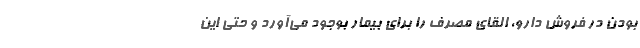
بودن در فروش دارو، القای مصرف را برای بیمار بوجود می‌آورد و حتی این